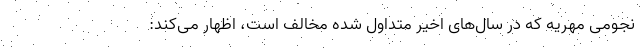
نجومی مهریه که در سال‌های اخیر متداول شده مخالف است، اظهار می‌کند: